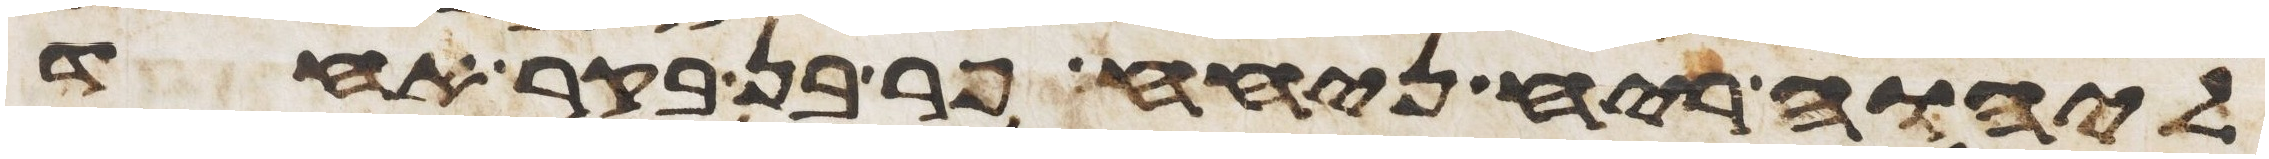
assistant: ליהוה ריח ניחח פר בן בקר אחד